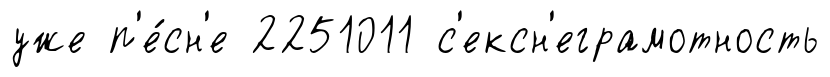
уже п'е́сн'е 2251011 с'ексн'еграмотность